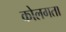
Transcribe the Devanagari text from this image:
कोलगता